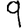
Digit: 9